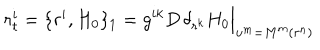
LaTeX: r _ { t } ^ { i } = \{ r ^ { i } , H _ { 0 } \} _ { 1 } = g ^ { i k } D \, \delta _ { r ^ { k } } H _ { 0 } \Big | _ { u ^ { m } = M ^ { m } ( r ^ { n } ) }